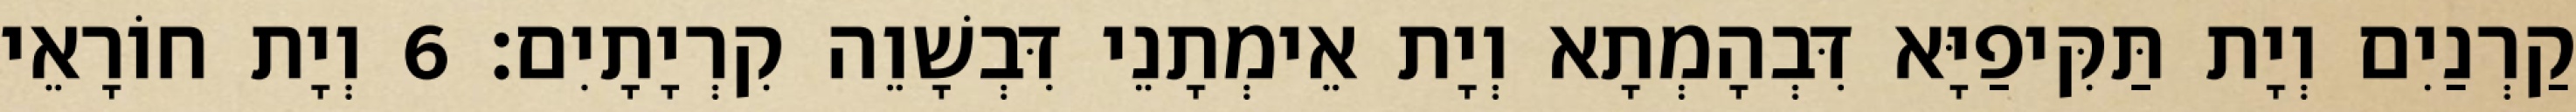
קַרְנַיִם וְיָת תַּקִּיפַיָּא דִּבְהָמְתָא וְיָת אֵימְתָנֵי דִּבְשָׁוֵה קִרְיָתָיִם׃ 6 וְיָת חוֹרָאֵי